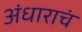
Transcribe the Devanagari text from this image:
अंधाराचं